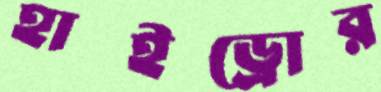
হাইড্রোর